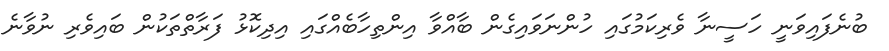
ބުނެފައިވަނީ ހަސީނާ ވެރިކަމުގައި ހުންނަވައިގެން ބާއްވާ އިންތިހާބެއްގައި އިދިކޮޅު ފަރާތްތަކުން ބައިވެރި ނުވާނެ